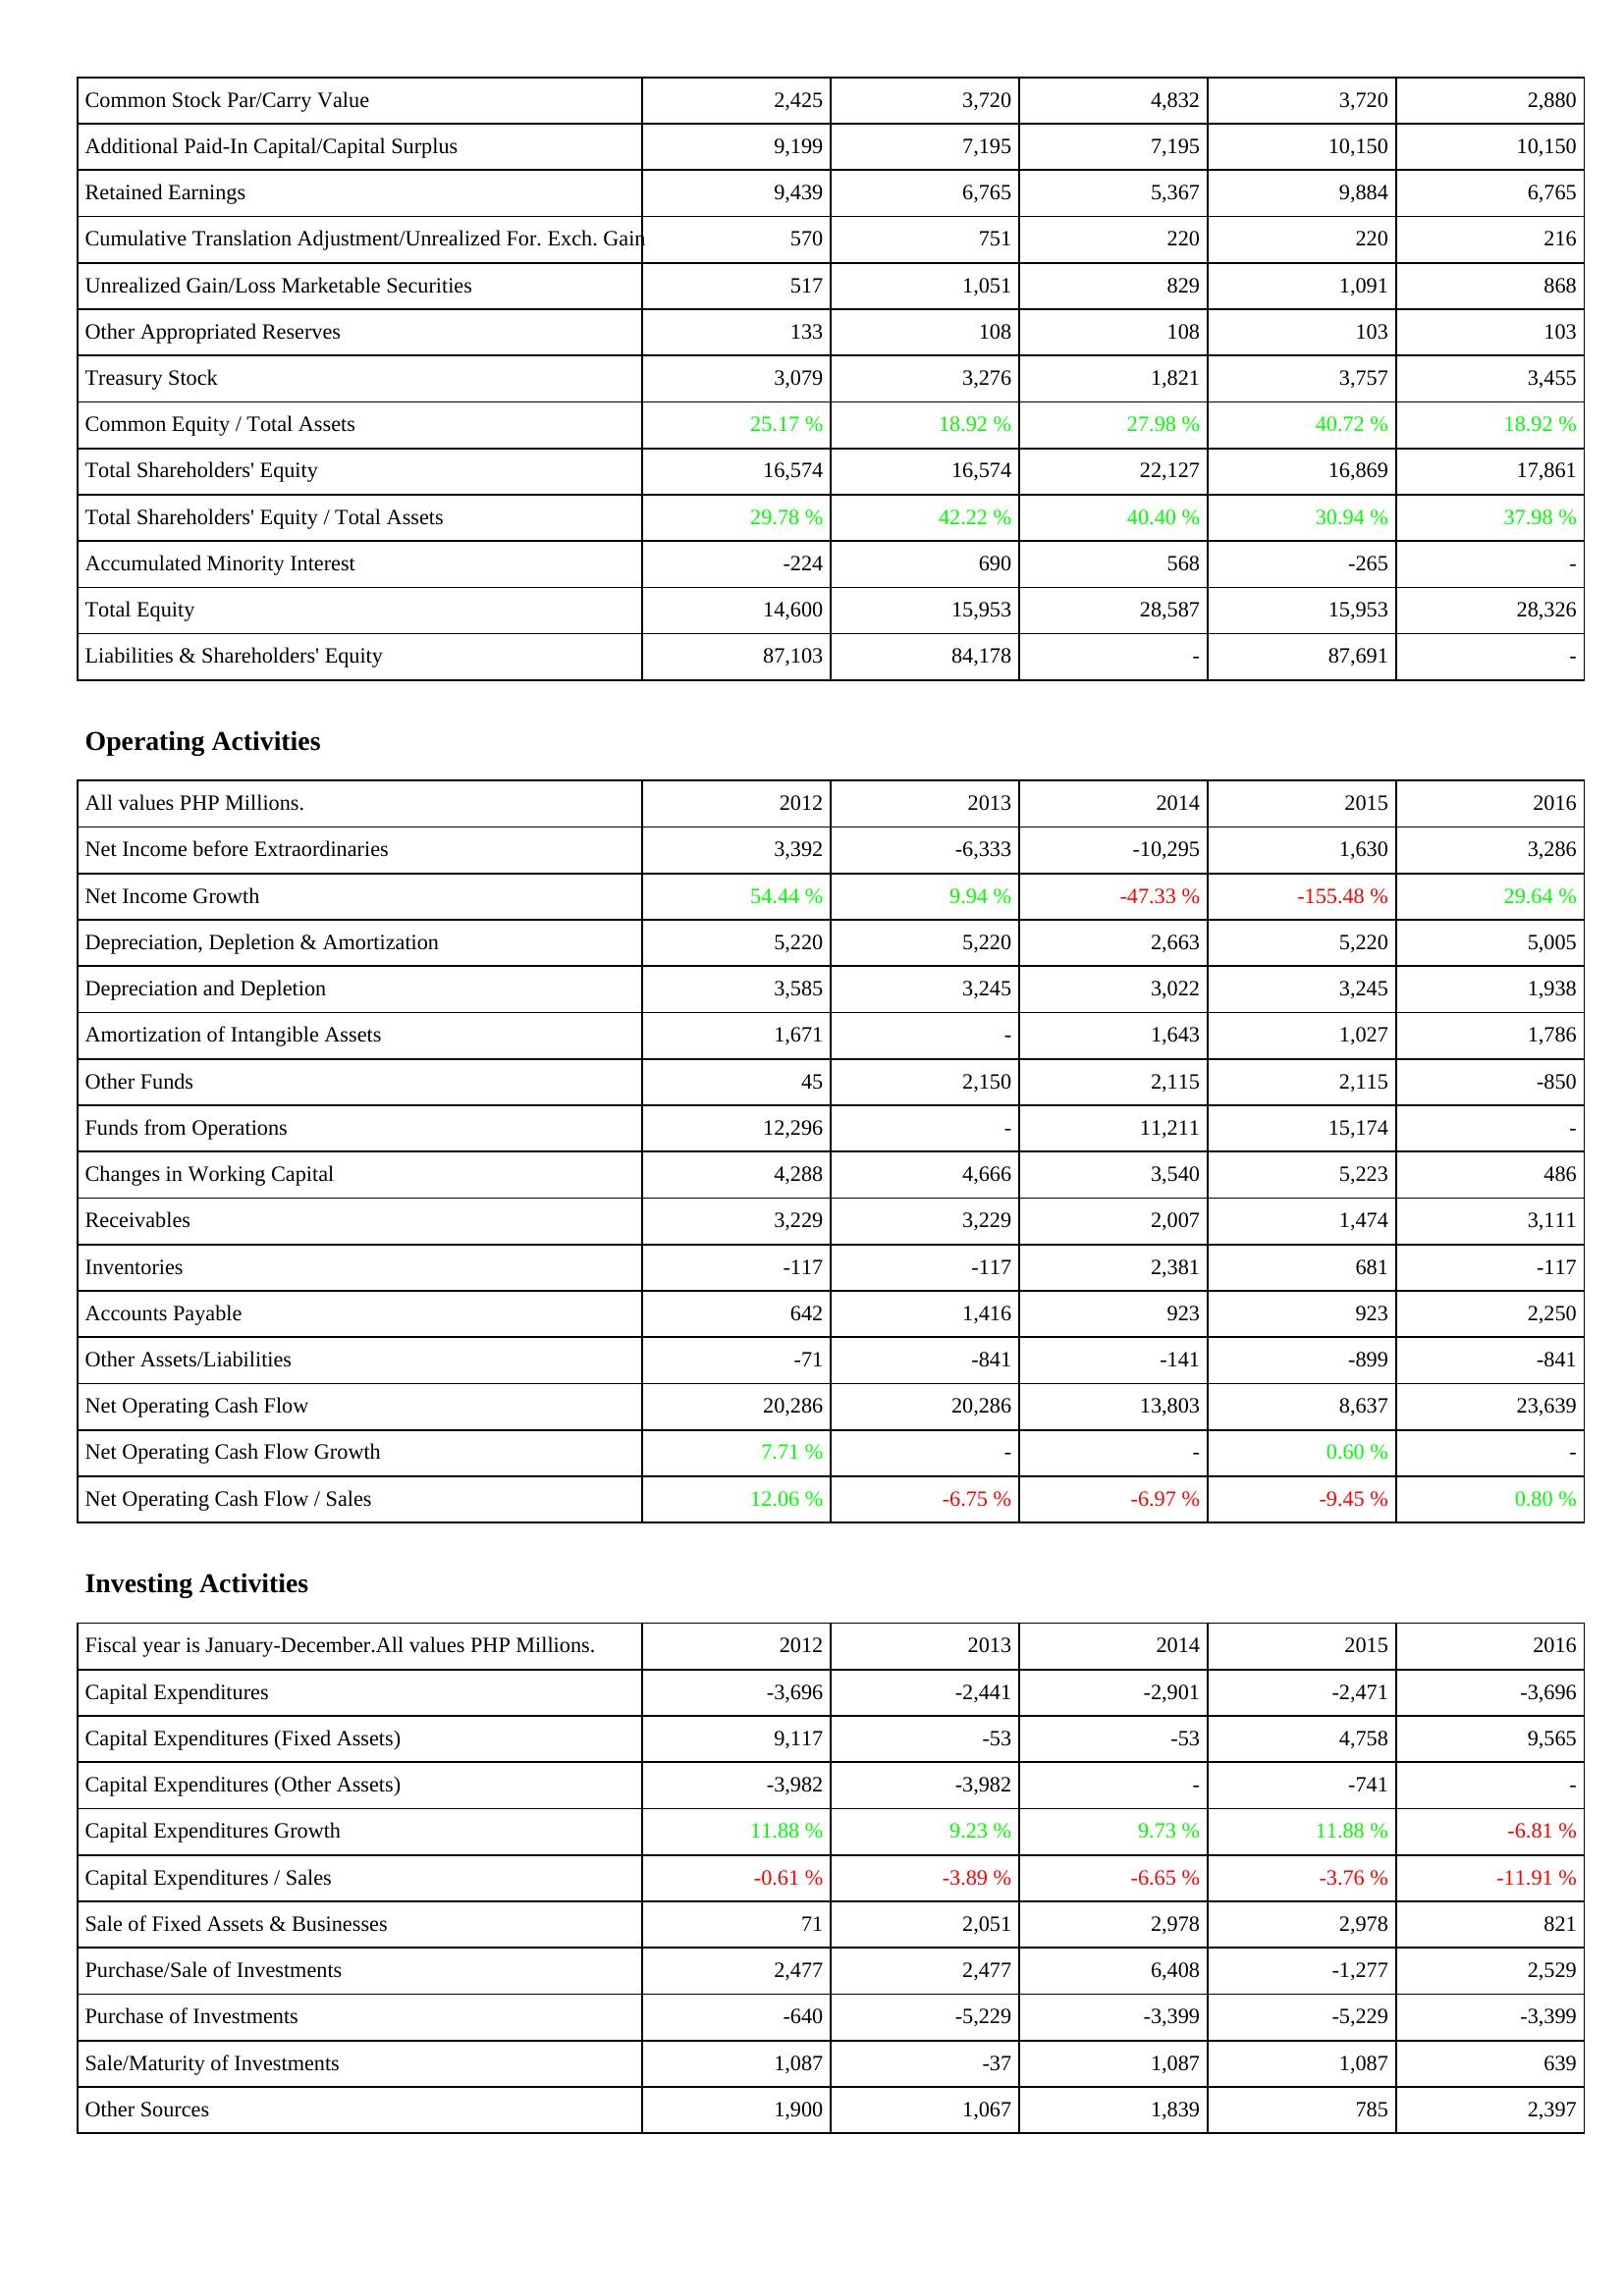
2012: Liabilities & Shareholders' Equity: Common Stock Par/Carry Value: 2,425
Additional Paid-In Capital/Capital Surplus: 9,199
Retained Earnings: 9,439
Cumulative Translation Adjustment/Unrealized For. Exch. Gain: 570
Unrealized Gain/Loss Marketable Securities: 517
Other Appropriated Reserves: 133
Treasury Stock: 3,079
Common Equity / Total Assets: 25.17 %
Total Shareholders' Equity: 16,574
Total Shareholders' Equity / Total Assets: 29.78 %
Accumulated Minority Interest: -224
Total Equity: 14,600
Liabilities & Shareholders' Equity: 87,103
Operating Activities: Net Income before Extraordinaries: 3,392
Net Income Growth: 54.44 %
Depreciation, Depletion & Amortization: 5,220
Depreciation and Depletion: 3,585
Amortization of Intangible Assets: 1,671
Other Funds: 45
Funds from Operations: 12,296
Changes in Working Capital: 4,288
Receivables: 3,229
Inventories: -117
Accounts Payable: 642
Other Assets/Liabilities: -71
Net Operating Cash Flow: 20,286
Net Operating Cash Flow Growth: 7.71 %
Net Operating Cash Flow / Sales: 12.06 %
Investing Activities: Capital Expenditures: -3,696
Capital Expenditures (Fixed Assets): 9,117
Capital Expenditures (Other Assets): -3,982
Capital Expenditures Growth: 11.88 %
Capital Expenditures / Sales: -0.61 %
Sale of Fixed Assets & Businesses: 71
Purchase/Sale of Investments: 2,477
Purchase of Investments: -640
Sale/Maturity of Investments: 1,087
Other Sources: 1,900
2013: Liabilities & Shareholders' Equity: Common Stock Par/Carry Value: 3,720
Additional Paid-In Capital/Capital Surplus: 7,195
Retained Earnings: 6,765
Cumulative Translation Adjustment/Unrealized For. Exch. Gain: 751
Unrealized Gain/Loss Marketable Securities: 1,051
Other Appropriated Reserves: 108
Treasury Stock: 3,276
Common Equity / Total Assets: 18.92 %
Total Shareholders' Equity: 16,574
Total Shareholders' Equity / Total Assets: 42.22 %
Accumulated Minority Interest: 690
Total Equity: 15,953
Liabilities & Shareholders' Equity: 84,178
Operating Activities: Net Income before Extraordinaries: -6,333
Net Income Growth: 9.94 %
Depreciation, Depletion & Amortization: 5,220
Depreciation and Depletion: 3,245
Amortization of Intangible Assets: -
Other Funds: 2,150
Funds from Operations: -
Changes in Working Capital: 4,666
Receivables: 3,229
Inventories: -117
Accounts Payable: 1,416
Other Assets/Liabilities: -841
Net Operating Cash Flow: 20,286
Net Operating Cash Flow Growth: -
Net Operating Cash Flow / Sales: -6.75 %
Investing Activities: Capital Expenditures: -2,441
Capital Expenditures (Fixed Assets): -53
Capital Expenditures (Other Assets): -3,982
Capital Expenditures Growth: 9.23 %
Capital Expenditures / Sales: -3.89 %
Sale of Fixed Assets & Businesses: 2,051
Purchase/Sale of Investments: 2,477
Purchase of Investments: -5,229
Sale/Maturity of Investments: -37
Other Sources: 1,067
2014: Liabilities & Shareholders' Equity: Common Stock Par/Carry Value: 4,832
Additional Paid-In Capital/Capital Surplus: 7,195
Retained Earnings: 5,367
Cumulative Translation Adjustment/Unrealized For. Exch. Gain: 220
Unrealized Gain/Loss Marketable Securities: 829
Other Appropriated Reserves: 108
Treasury Stock: 1,821
Common Equity / Total Assets: 27.98 %
Total Shareholders' Equity: 22,127
Total Shareholders' Equity / Total Assets: 40.40 %
Accumulated Minority Interest: 568
Total Equity: 28,587
Liabilities & Shareholders' Equity: -
Operating Activities: Net Income before Extraordinaries: -10,295
Net Income Growth: -47.33 %
Depreciation, Depletion & Amortization: 2,663
Depreciation and Depletion: 3,022
Amortization of Intangible Assets: 1,643
Other Funds: 2,115
Funds from Operations: 11,211
Changes in Working Capital: 3,540
Receivables: 2,007
Inventories: 2,381
Accounts Payable: 923
Other Assets/Liabilities: -141
Net Operating Cash Flow: 13,803
Net Operating Cash Flow Growth: -
Net Operating Cash Flow / Sales: -6.97 %
Investing Activities: Capital Expenditures: -2,901
Capital Expenditures (Fixed Assets): -53
Capital Expenditures (Other Assets): -
Capital Expenditures Growth: 9.73 %
Capital Expenditures / Sales: -6.65 %
Sale of Fixed Assets & Businesses: 2,978
Purchase/Sale of Investments: 6,408
Purchase of Investments: -3,399
Sale/Maturity of Investments: 1,087
Other Sources: 1,839
2015: Liabilities & Shareholders' Equity: Common Stock Par/Carry Value: 3,720
Additional Paid-In Capital/Capital Surplus: 10,150
Retained Earnings: 9,884
Cumulative Translation Adjustment/Unrealized For. Exch. Gain: 220
Unrealized Gain/Loss Marketable Securities: 1,091
Other Appropriated Reserves: 103
Treasury Stock: 3,757
Common Equity / Total Assets: 40.72 %
Total Shareholders' Equity: 16,869
Total Shareholders' Equity / Total Assets: 30.94 %
Accumulated Minority Interest: -265
Total Equity: 15,953
Liabilities & Shareholders' Equity: 87,691
Operating Activities: Net Income before Extraordinaries: 1,630
Net Income Growth: -155.48 %
Depreciation, Depletion & Amortization: 5,220
Depreciation and Depletion: 3,245
Amortization of Intangible Assets: 1,027
Other Funds: 2,115
Funds from Operations: 15,174
Changes in Working Capital: 5,223
Receivables: 1,474
Inventories: 681
Accounts Payable: 923
Other Assets/Liabilities: -899
Net Operating Cash Flow: 8,637
Net Operating Cash Flow Growth: 0.60 %
Net Operating Cash Flow / Sales: -9.45 %
Investing Activities: Capital Expenditures: -2,471
Capital Expenditures (Fixed Assets): 4,758
Capital Expenditures (Other Assets): -741
Capital Expenditures Growth: 11.88 %
Capital Expenditures / Sales: -3.76 %
Sale of Fixed Assets & Businesses: 2,978
Purchase/Sale of Investments: -1,277
Purchase of Investments: -5,229
Sale/Maturity of Investments: 1,087
Other Sources: 785
2016: Liabilities & Shareholders' Equity: Common Stock Par/Carry Value: 2,880
Additional Paid-In Capital/Capital Surplus: 10,150
Retained Earnings: 6,765
Cumulative Translation Adjustment/Unrealized For. Exch. Gain: 216
Unrealized Gain/Loss Marketable Securities: 868
Other Appropriated Reserves: 103
Treasury Stock: 3,455
Common Equity / Total Assets: 18.92 %
Total Shareholders' Equity: 17,861
Total Shareholders' Equity / Total Assets: 37.98 %
Accumulated Minority Interest: -
Total Equity: 28,326
Liabilities & Shareholders' Equity: -
Operating Activities: Net Income before Extraordinaries: 3,286
Net Income Growth: 29.64 %
Depreciation, Depletion & Amortization: 5,005
Depreciation and Depletion: 1,938
Amortization of Intangible Assets: 1,786
Other Funds: -850
Funds from Operations: -
Changes in Working Capital: 486
Receivables: 3,111
Inventories: -117
Accounts Payable: 2,250
Other Assets/Liabilities: -841
Net Operating Cash Flow: 23,639
Net Operating Cash Flow Growth: -
Net Operating Cash Flow / Sales: 0.80 %
Investing Activities: Capital Expenditures: -3,696
Capital Expenditures (Fixed Assets): 9,565
Capital Expenditures (Other Assets): -
Capital Expenditures Growth: -6.81 %
Capital Expenditures / Sales: -11.91 %
Sale of Fixed Assets & Businesses: 821
Purchase/Sale of Investments: 2,529
Purchase of Investments: -3,399
Sale/Maturity of Investments: 639
Other Sources: 2,397